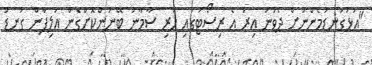
"އަޅުގަނޑުމެންނަށް ދެވުނު އިރު އެ ރިސޯޓުގައި ހުރި ސާމާނު ބޭނުންކޮށްގެން އަލިފާން ގަނޑު